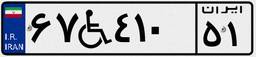
۶۷W۴۱۰۵۱